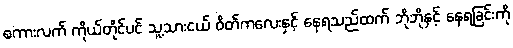
စကားလက် ကိုယ်တိုင်ပင် သူ့သားငယ် ဝိတ်ကလေးနှင့် နေရသည်ထက် ဘိုဘိုနှင့် နေရခြင်းကို